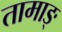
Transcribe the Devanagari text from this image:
तामाङ्‌